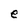
Character: e